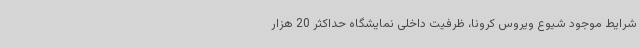
شرایط موجود شیوع ویروس کرونا، ظرفیت داخلی نمایشگاه حداکثر 20 هزار